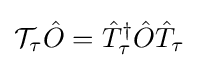
{\mathcal {T}}_{\tau }{\hat {O}}={\hat {T}}_{\tau }^{\dagger }{\hat {O}}{\hat {T}}_{\tau }